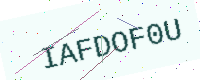
Text: IAFDOF0U